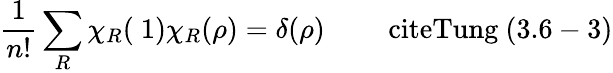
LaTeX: \frac{1}{n!}\sum_{R}\chi_{R}(\mathrm{{\mathbf~1}})\chi_{R}(\rho)=\delta(\rho)\qquad\mathrm{\ cite{Tung}~(3.6-3)}